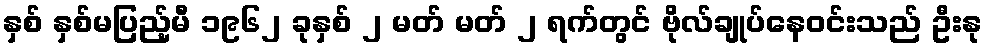
နှစ် နှစ်မပြည့်မီ ၁၉၆၂ ခုနှစ် ၂ မတ် မတ် ၂ ရက်တွင် ဗိုလ်ချုပ်နေဝင်းသည် ဦးနု